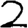
Digit: 2